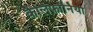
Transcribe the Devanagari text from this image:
कैलिर्फ़ोर्निया